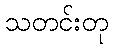
သတင်းတု